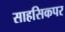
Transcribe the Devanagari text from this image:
साहसिकपर